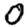
Digit: 0